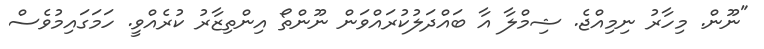
"ނޫން. މިހާރު ނިމިއްޖެ. ޝިމްލާ އާ ބައްދަލުކުރައްވަން ނޫންތޯ އިންތިޒާރު ކުރެއްވީ. ހަމަގައިމުވެސް